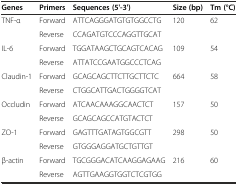
<table><thead><tr><td><b>Genes</b></td><td><b>Primers</b></td><td><b>Sequences (5&#x27;-3&#x27;)</b></td><td><b>Size (bp)</b></td><td><b>Tm (°C)</b></td></tr></thead><tbody><tr><td>TNF-α</td><td>Forward</td><td>ATTCAGGGATGTGTGGCCTG</td><td>120</td><td>62</td></tr><tr><td></td><td>Reverse</td><td>CCAGATGTCCCAGGTTGCAT</td><td></td><td></td></tr><tr><td>IL-6</td><td>Forward</td><td>TGGATAAGCTGCAGTCACAG</td><td>109</td><td>54</td></tr><tr><td></td><td>Reverse</td><td>ATTATCCGAATGGCCCTCAG</td><td></td><td></td></tr><tr><td>Claudin-1</td><td>Forward</td><td>GCAGCAGCTTCTTGCTTCTC</td><td>664</td><td>58</td></tr><tr><td></td><td>Reverse</td><td>CTGGCATTGACTGGGGTCAT</td><td></td><td></td></tr><tr><td>Occludin</td><td>Forward</td><td>ATCAACAAAGGCAACTCT</td><td>157</td><td>50</td></tr><tr><td></td><td>Reverse</td><td>GCAGCAGCCATGTACTCT</td><td></td><td></td></tr><tr><td>ZO-1</td><td>Forward</td><td>GAGTTTGATAGTGGCGTT</td><td>298</td><td>50</td></tr><tr><td></td><td>Reverse</td><td>GTGGGAGGATGCTGTTGT</td><td></td><td></td></tr><tr><td>β-actin</td><td>Forward</td><td>TGCGGGACATCAAGGAGAAG</td><td>216</td><td>60</td></tr><tr><td></td><td>Reverse</td><td>AGTTGAAGGTGGTCTCGTGG</td><td></td><td></td></tr></tbody></table>